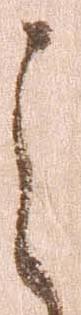
之